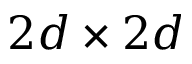
2 d \times 2 d